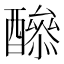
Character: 𨣔